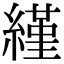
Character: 䌍